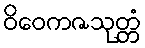
ဝိဝေကဇသုတ္တံ